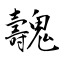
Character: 魗